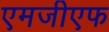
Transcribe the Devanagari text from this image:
एमजीएफ